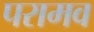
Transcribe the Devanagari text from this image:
परामव